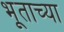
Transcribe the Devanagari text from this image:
भूताच्या